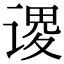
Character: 谡